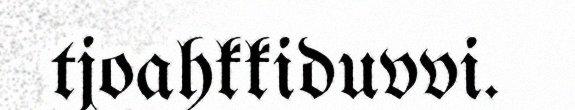
tjoahkkiduvvi.